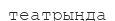
театрыңда